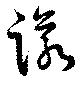
諾